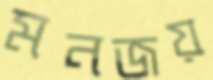
মনজয়